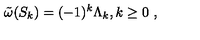
\tilde { \omega } ( S _ { k } ) = ( - 1 ) ^ { k } \Lambda _ { k } , k \geq 0 \ ,